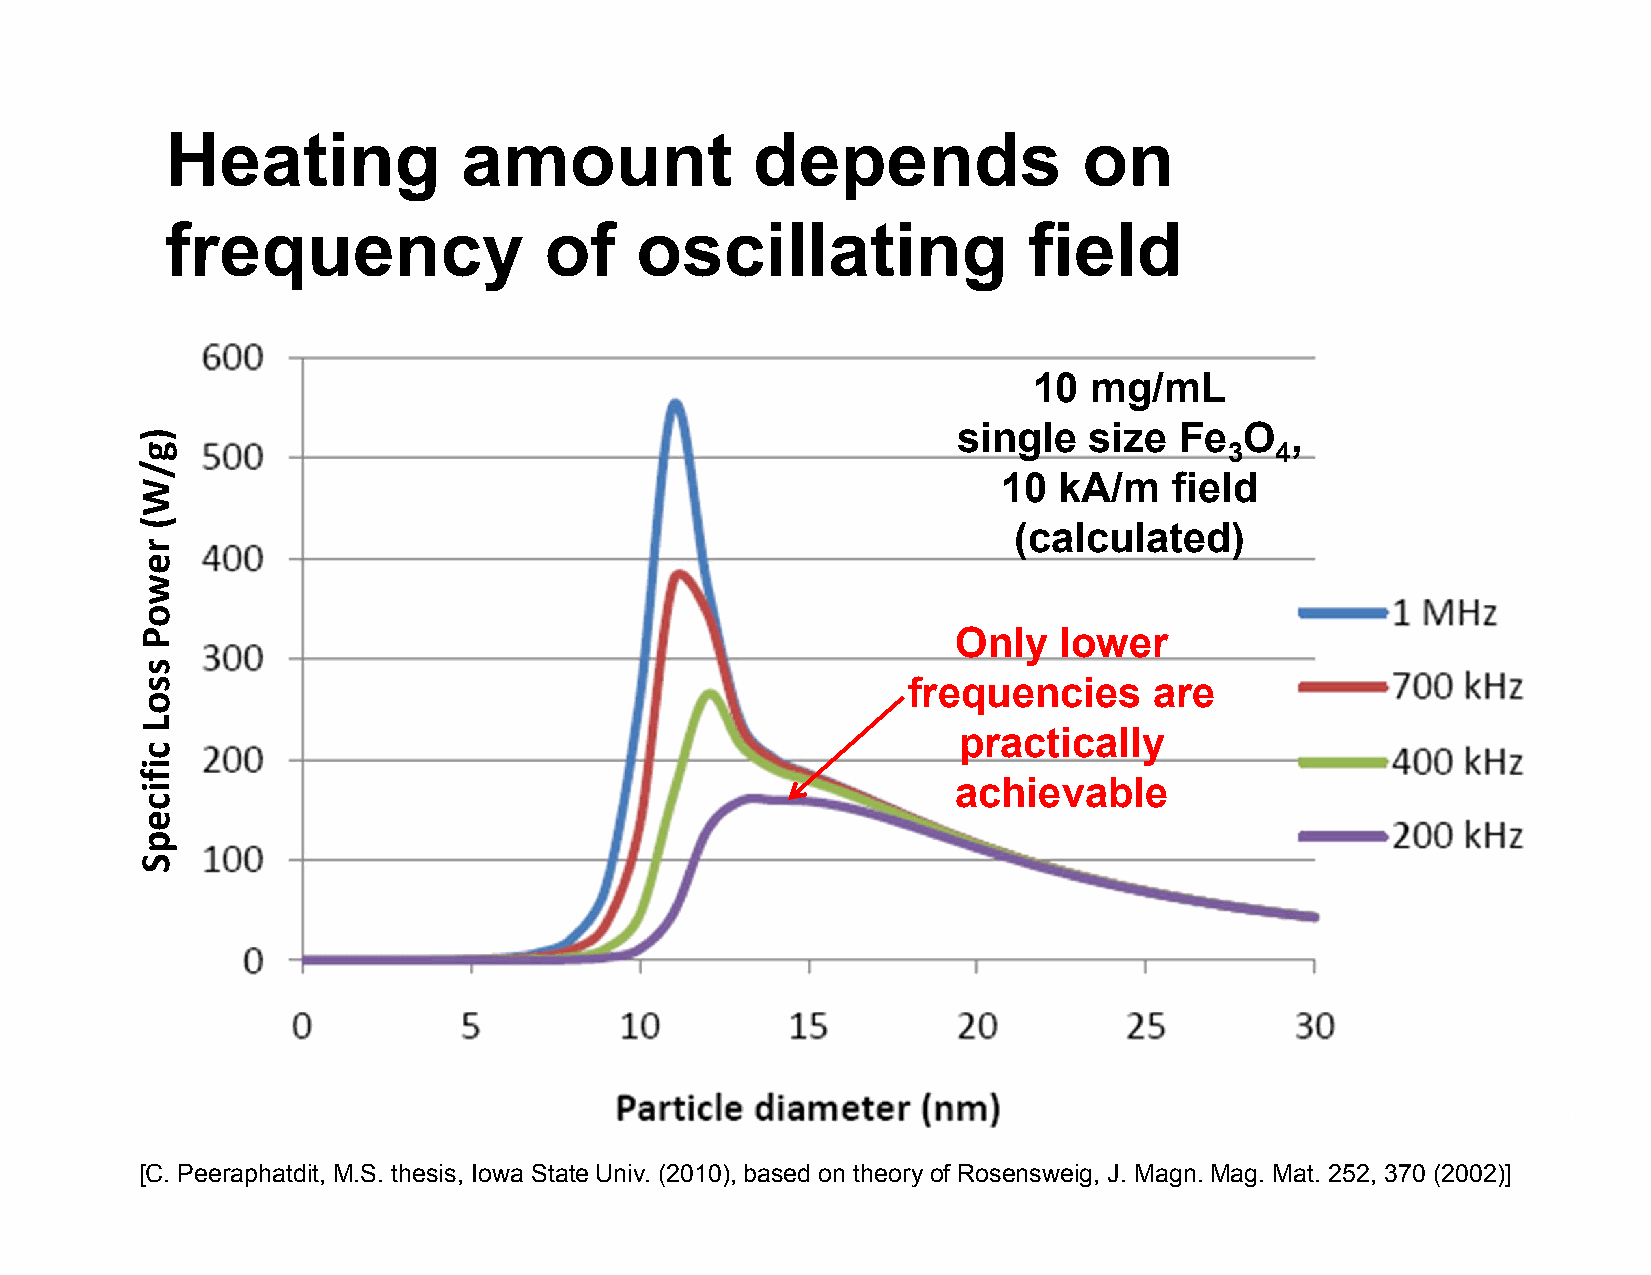
Heating             amount             depends               on
 frequency                of    oscillating               field
 10  mg/mL
 single   size  Fe  O  ,
 3  4
 10  kA/m    field
 (calculated)
 Only   lower
 frequencies     are
 practically
 achievable
 [C. Peeraphatdit, M.S. thesis, Iowa State Univ. (2010), based on theory of Rosensweig, J. Magn. Mag. Mat. 252, 370 (2002)]
 )g/W(
 rewoP
 ssoL
 cificepS